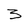
Character: 3